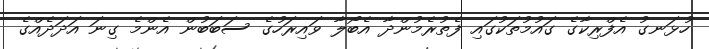
ހުޅަނގު އެފްރިކާގެ ގައުމުތަކުގައި ފެތުރެމުންދާ އެބޯލާ ވައިރަހުގެ ސަބަބުން އެންމެ ގިނަ އަދަދެއްގެ